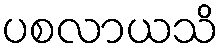
ပစလာယသိ